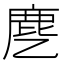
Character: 𬸺